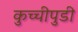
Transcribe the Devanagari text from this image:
कुच्चीपुडी